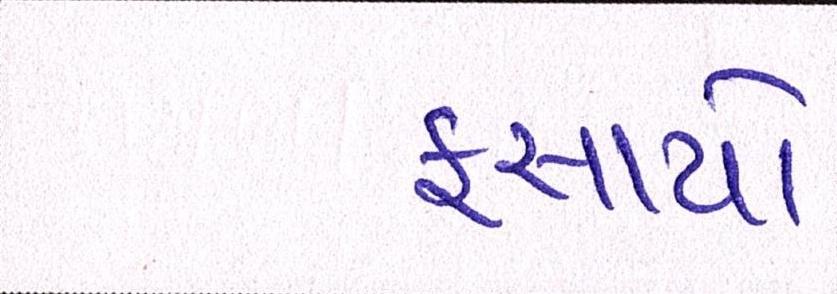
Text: ફસાયો